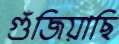
গুঁজিয়াছি